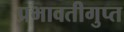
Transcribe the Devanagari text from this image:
प्रभावतीगुप्त